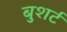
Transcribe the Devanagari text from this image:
बुशर्ट